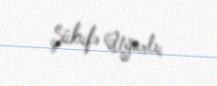
Şükufə Uğurlu